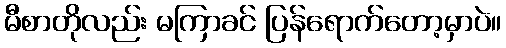
မီစာတိုလည်း မကြာခင် ပြန်ရောက်တော့မှာပဲ။